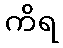
ကိရ